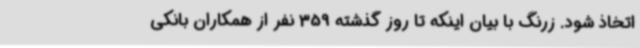
اتخاذ شود. زرنگ با بیان اینکه تا روز گذشته 359 نفر از همکاران بانکی